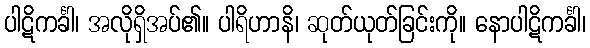
ပါဋိကင်္ခါ၊ အလိုရှိအပ်၏။ ပါရိဟာနိ၊ ဆုတ်ယုတ်ခြင်းကို။ နောပါဋိကင်္ခါ၊